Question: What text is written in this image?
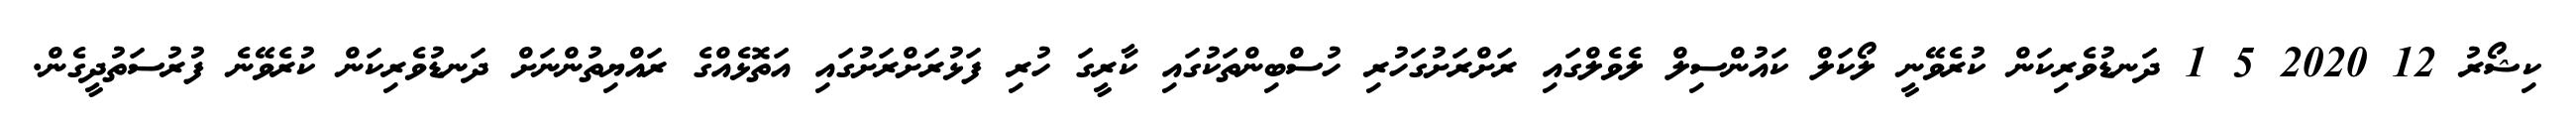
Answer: ކިޝޯރު 12 2020 5 1 ދަނޑުވެރިކަން ކުރެވޭނީ ލޯކަލް ކައުންސިލް ލެވެލްގައި ރަށްރަށުގަހުރި ހުސްބިންތަކުގައި ކާރީގަ ހުރި ފަޅުރަށްރަށުގައި އަތޮޅެއްގެ ރައްޔިތުންނަށް ދަނޑުވެރިކަން ކުރެވޭނެ ފުރުސަތުދީގެން.